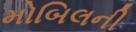
મોબિલની